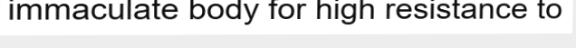
immaculate body for high resistance to